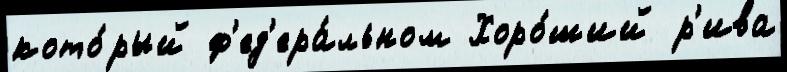
кото́рый ф'ед'ера́льном Хоро́ший р'ива